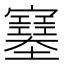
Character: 𡫼